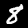
Digit: 8